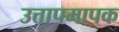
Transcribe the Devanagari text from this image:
उत्तापमापक